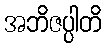
အဘိဇပ္ပါတိ